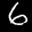
Label: 6